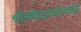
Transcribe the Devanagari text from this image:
श्रीलंकेदरम्यानचा